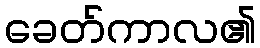
ခေတ်ကာလ၏